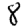
Digit: 8